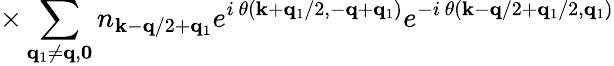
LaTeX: \times\sum_{{\mathbf{q}}_{1}\neq{\mathbf{q}},{\mathbf{0}}}n_{{\mathbf{k}}-{\mathbf{q}}/2+{\mathbf{q}}_{1}}e^{i\mathrm{~}\theta({\mathbf{k}}+{\mathbf{q}}_{1}/2,-{\mathbf{q}}+{\mathbf{q}}_{1})}e^{-i\mathrm{~}\theta({\mathbf{k}}-{\mathbf{q}}/2+{\mathbf{q}}_{1}/2,{\mathbf{q}}_{1})}